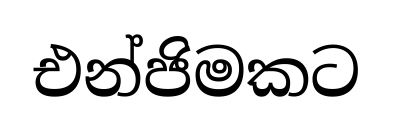
එන්ජිමකට